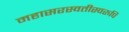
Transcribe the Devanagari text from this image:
महासरस्वतीस्वरुपि